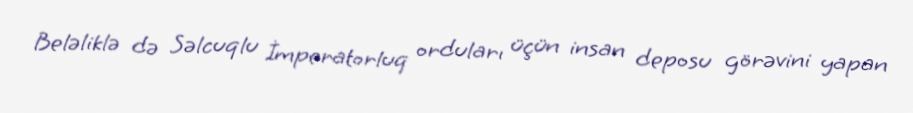
Beləliklə də Səlcuqlu İmperatorluq orduları üçün insan deposu görəvini yapan